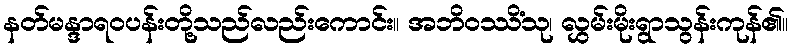
နတ်မန္ဒာရဝပန်းတို့သည်လည်းကောင်း။ အဘိဝဿိံသု၊ လွှမ်းမိုးရွာသွန်းကုန်၏။